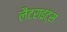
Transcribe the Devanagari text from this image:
लैटराइट्स